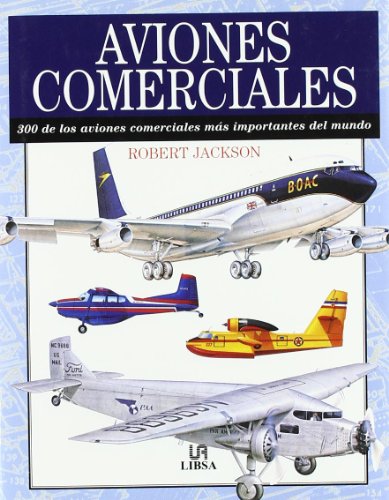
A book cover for Aviones Comerciales/ Commercial Airplanes: 300 de los aviones comerciales mas importantes del mundo (Spanish Edition); Robert Jackson; Arts & Photography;